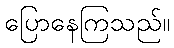
ပြောနေကြသည်။